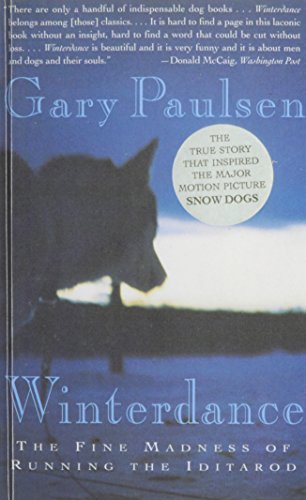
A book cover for Winterdance: The Fine Madness of Running the Iditarod; Gary Paulsen; Sports & Outdoors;